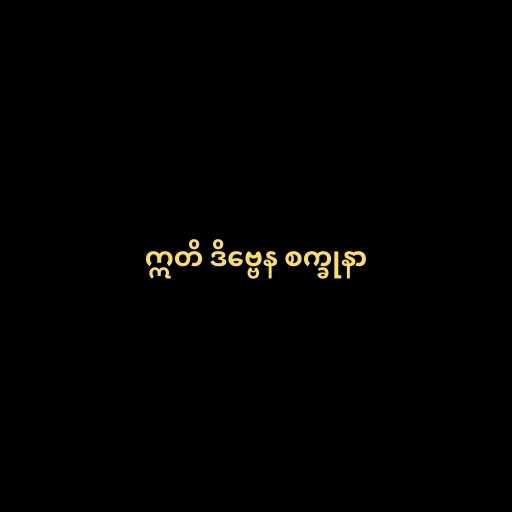
ဣတိ ဒိဗ္ဗေန စက္ခုနာ